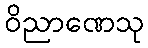
ဝိညာဏေသု